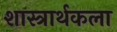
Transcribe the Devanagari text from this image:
शास्त्रार्थकला